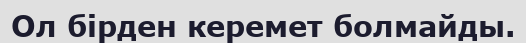
Ол бірден керемет болмайды.